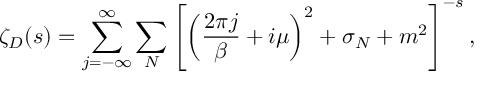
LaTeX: \zeta _ { \cal D } ( s ) = \sum _ { j = - \infty } ^ { \infty } \sum _ { N } \left[ \left( { \frac { 2 \pi j } { \beta } } + i \mu \right) ^ { 2 } + \sigma _ { N } + m ^ { 2 } \right] ^ { - s } ,